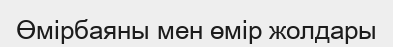
Өмірбаяны мен өмір жолдары